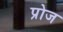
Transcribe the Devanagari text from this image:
प्रोज